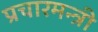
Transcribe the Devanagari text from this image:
प्रचारमन्त्री